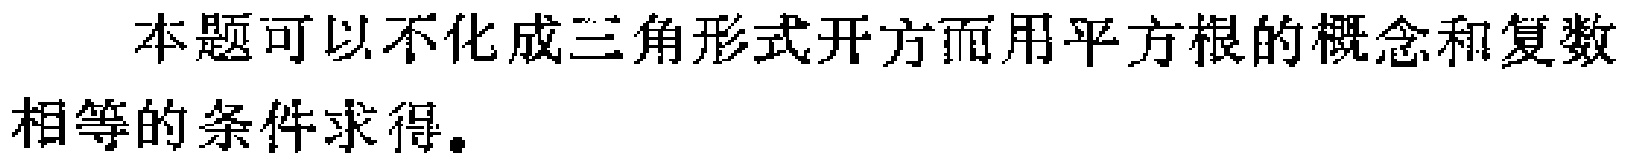
本题可以不化成三角形式开方而用平方根的概念和复数相等的条件求得。